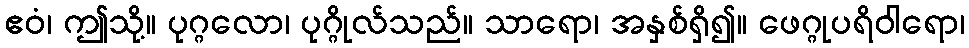
ဧဝံ၊ ဤသို့။ ပုဂ္ဂလော၊ ပုဂ္ဂိုလ်သည်။ သာရော၊ အနှစ်ရှိ၍။ ဖေဂ္ဂုပရိဝါရော၊